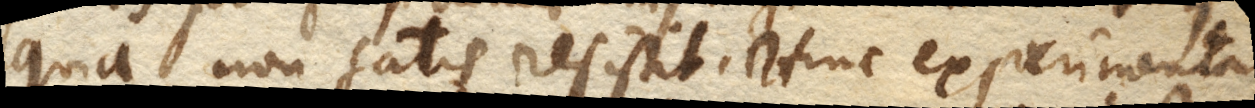
quia non satis resistit. Hinc experimenta